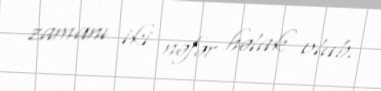
zamanı iki nəfər həlak olub.